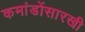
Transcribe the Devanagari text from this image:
कमांडोंसारखी